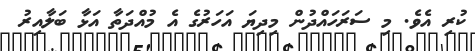
ކުރި އެވެ. މި ސަރަހައްދުން މިދިޔަ އަހަރުގެ އެ މުއްދަތާ އަޅާ ބަލާއިރު